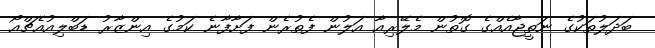
ބަދަލުތަކުގެ ނަތީޖާއެއްގެ ގޮތުން މެލޭރިއާ އަލުން ފެތުރެން ފަށާފާނެ ކަމުގެ އިންޒާރު ޑަބްލިއުއެޗްއޯ